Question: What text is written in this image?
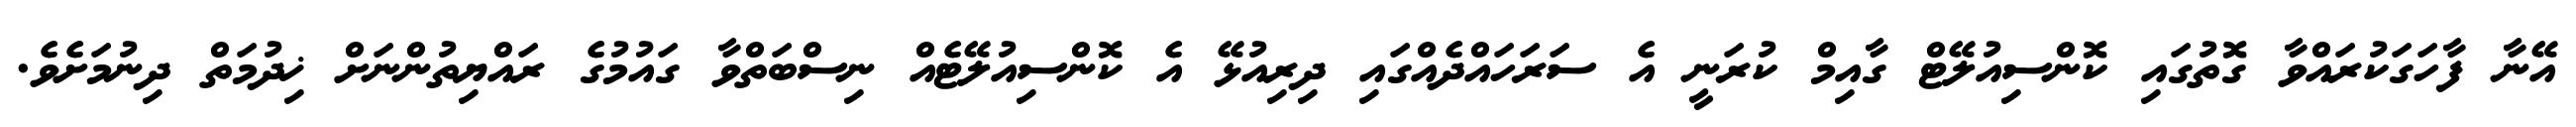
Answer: އޭނާ ފާހަގަކުރައްވާ ގޮތުގައި ކޮންސިއުލޭޓް ގާއިމް ކުރަނީ އެ ސަރަހައްދެއްގައި ދިރިއުޅޭ އެ ކޮންސިއުލޭޓެއް ނިސްބަތްވާ ގައުމުގެ ރައްޔިތުންނަށް ޚިދުމަތް ދިނުމަށެވެ.